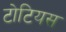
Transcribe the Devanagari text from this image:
टोटियस